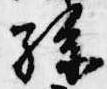
孫